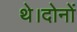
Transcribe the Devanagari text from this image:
थे।दोनों